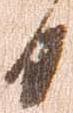
日